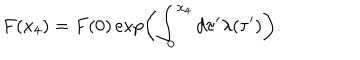
F ( x _ { 4 } ) = F ( 0 ) \exp \left( \int _ { 0 } ^ { x _ { 4 } } d \tau ^ { \prime } \lambda ( \tau ^ { \prime } ) \right) .